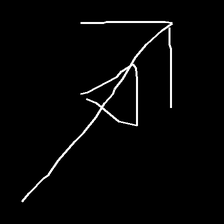
Glyph: pull